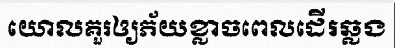
យោលគួរឲ្យភ័យខ្លាចពេលដើរឆ្លង